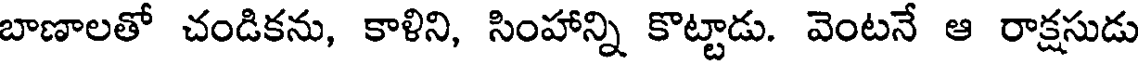
బాణాలతో చండికను, కాళిని, సింహాన్ని కొట్టాడు. వెంటనే ఆ రాక్షసుడు